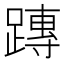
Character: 𨄔